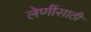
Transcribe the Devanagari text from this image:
लेणींसाठी